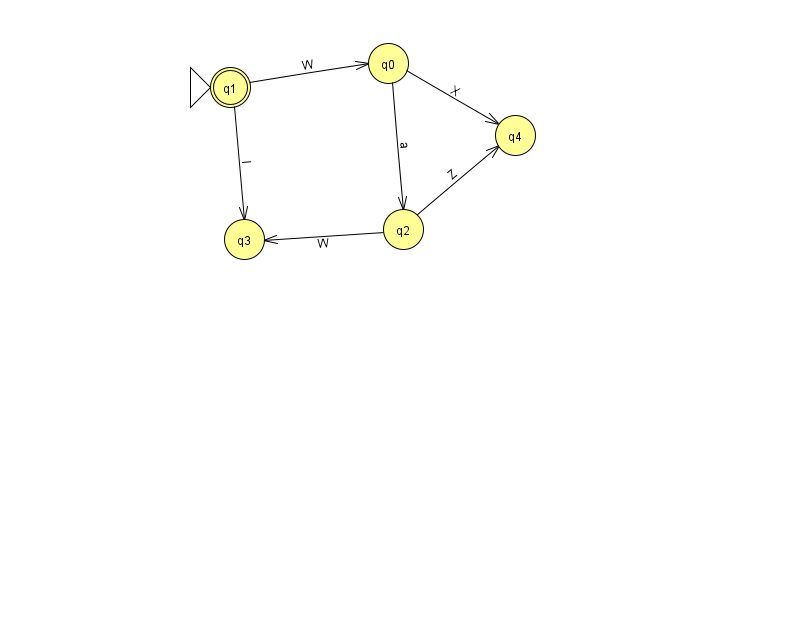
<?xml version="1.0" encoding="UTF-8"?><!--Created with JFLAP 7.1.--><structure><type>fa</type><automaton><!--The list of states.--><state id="0" name="q0"><x>388.0</x><y>50.0</y></state><state id="1" name="q1"><x>230.0</x><y>74.0</y><initial/><final/></state><state id="2" name="q2"><x>403.0</x><y>216.0</y></state><state id="3" name="q3"><x>244.0</x><y>226.0</y></state><state id="4" name="q4"><x>515.0</x><y>122.0</y></state><!--The list of transitions.--><transition><from>1</from><to>0</to><read>W</read></transition><transition><from>0</from><to>2</to><read>a</read></transition><transition><from>1</from><to>3</to><read>I</read></transition><transition><from>2</from><to>3</to><read>W</read></transition><transition><from>2</from><to>4</to><read>Z</read></transition><transition><from>0</from><to>4</to><read>X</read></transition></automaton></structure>